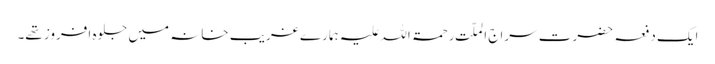
ایک دفعہ حضرت سراج الملّت رحمۃ اللہ علیہ ہمارے غریب خانہ میں جلوہ افروز تھے۔